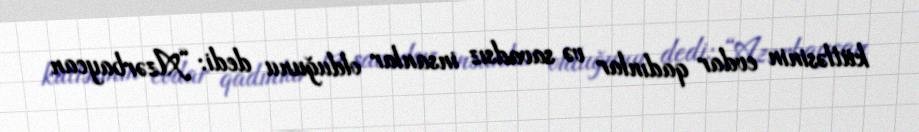
kütləsinin evdar qadınlar və savadsız insanlar olduğunu dedi: “Azərbaycan